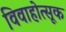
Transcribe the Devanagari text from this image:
विवाहोत्सूक